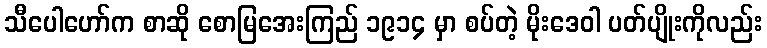
သီပေါဟော်က စာဆို စောမြအေးကြည် ၁၉၁၄ မှာ စပ်တဲ့ မိုးဒေဝါ ပတ်ပျိုးကိုလည်း